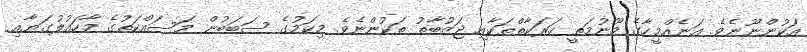
އަކުންނޫނެވެ. އަނެއްމީހާގެ މޫނުމަތީ ހަރަކާތްތަކާއި ޖަޒުބާތު ތަކުންނެވެ. މިކަމުގެ ސަބަބުން މަސައްކަތުގެ މާހައުލުގަޔާއި